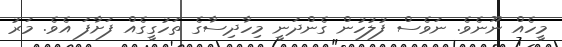
މީހެއް ނޫނެވެ. ނަވެސް ފުލުހުން ގެންދަނީ މިހާދިސާގެ ތަހުގީގެއް ފަށާފަ އެވެ. މަރު